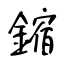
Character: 鏥